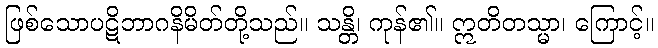
ဖြစ်သောပဋိဘာဂနိမိတ်တို့သည်။ သန္တိ၊ ကုန်၏။ ဣတိတသ္မာ၊ ကြောင့်။